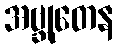
အဗ္ဘုတေန